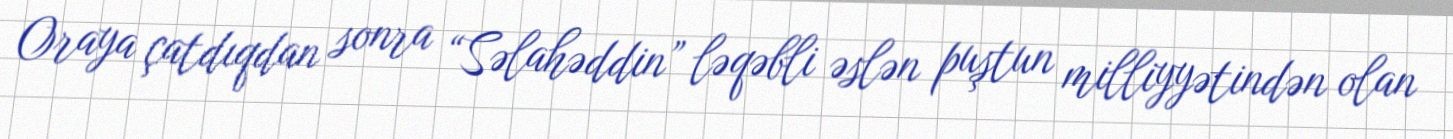
Oraya çatdıqdan sonra “Səlahəddin” ləqəbli əslən puştun milliyyətindən olan